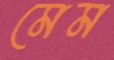
মেম